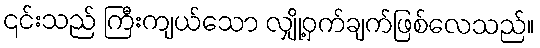
၎င်းသည် ကြီးကျယ်သော လျှို့ဝှက်ချက်ဖြစ်လေသည်။